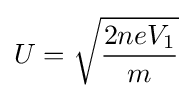
U={\sqrt {\frac {2neV_{1}}{m}}}